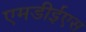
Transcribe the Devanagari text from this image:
एमडीईएस